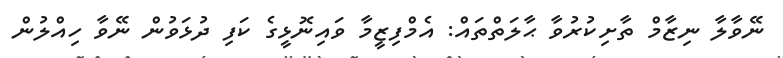
ނޭވާލާ ނިޒާމް ތާށިކުރުވާ ޙާލަތްތައް: އެމްފިޒީމާ ވައިނޮޅީގެ ކަފި ދުޅަވުން ނޭވާ ހިއްލުން